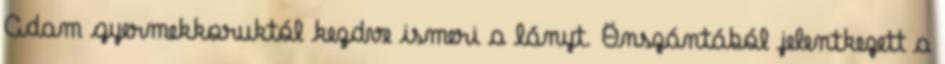
Adam gyermekkoruktól kezdve ismeri a lányt. Önszántából jelentkezett a